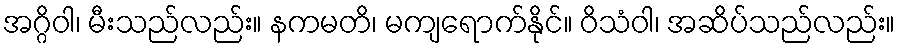
အဂ္ဂိဝါ၊ မီးသည်လည်း။ နကမတိ၊ မကျရောက်နိုင်။ ဝိသံဝါ၊ အဆိပ်သည်လည်း။